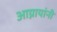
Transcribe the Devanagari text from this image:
आग्नायांनी